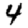
Digit: 4